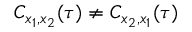
C _ { x _ { 1 } , x _ { 2 } } ( \tau ) \ne C _ { x _ { 2 } , x _ { 1 } } ( \tau )